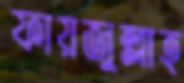
ফায়জুল্লাহ